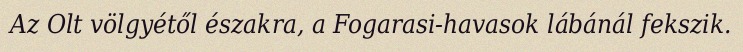
Az Olt völgyétől északra, a Fogarasi-havasok lábánál fekszik.